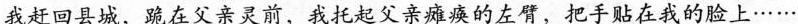
我赶回县城，跪在父亲灵前，我托起父亲瘫痪的左臂，把手贴在我的脸上……